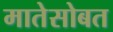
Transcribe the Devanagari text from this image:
मातेसोबत